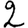
Digit: 2